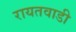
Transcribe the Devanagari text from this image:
रायतवाडी